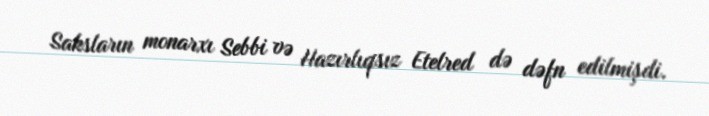
Saksların monarxı Sebbi və Hazırlıqsız Etelred də dəfn edilmişdi.